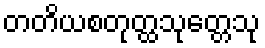
တတိယစတုတ္ထသုတ္တေသု